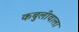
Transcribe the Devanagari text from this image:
कबुलीवाला